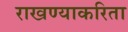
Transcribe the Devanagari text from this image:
राखण्याकरिता